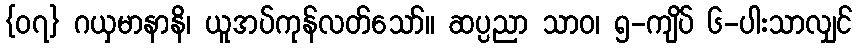
{၀၇} ဂယှမာနာနိ၊ ယူအပ်ကုန်လတ်သော်။ ဆပ္ပညာ သာဝ၊ ၅-ကျိပ် ၆-ပါးသာလျှင်